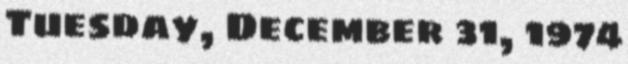
Tuesday, December 31, 1974